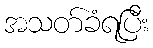
အသတ်ခံရပြီး